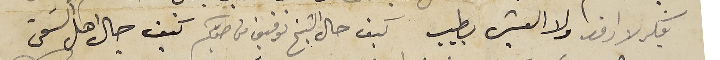
يفكر لا ارقد ولا العيش بطيب كيف حال الشيخ توفيق من صوبكم كيف حال اهل السَقي